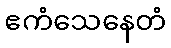
ဧကံသေနေတံ